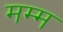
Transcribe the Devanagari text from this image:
मम्म